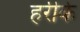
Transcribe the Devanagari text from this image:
हरीके